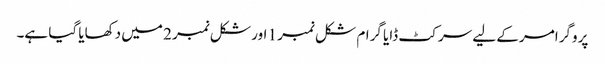
پروگرامر کے لیے سرکٹ ڈایا گرام شکل نمبر 1 اور شکل نمبر 2 میں دکھایا گیا ہے۔